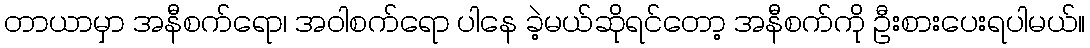
တာယာမှာ အနီစက်ရော၊ အဝါစက်ရော ပါနေ ခဲ့မယ်ဆိုရင်တော့ အနီစက်ကို ဦးစားပေးရပါမယ်။